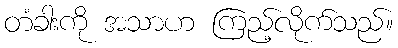
တံခါးကို အသာဟ ကြည့်လိုက်သည်။